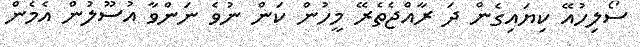
ސޯލިހުއޭ ކިޔައިގެން ދަ ރާއްޖެތެރޭ މީހުން ކަން ނުވެ ނަންވާ އުސޫލުން އެމެން